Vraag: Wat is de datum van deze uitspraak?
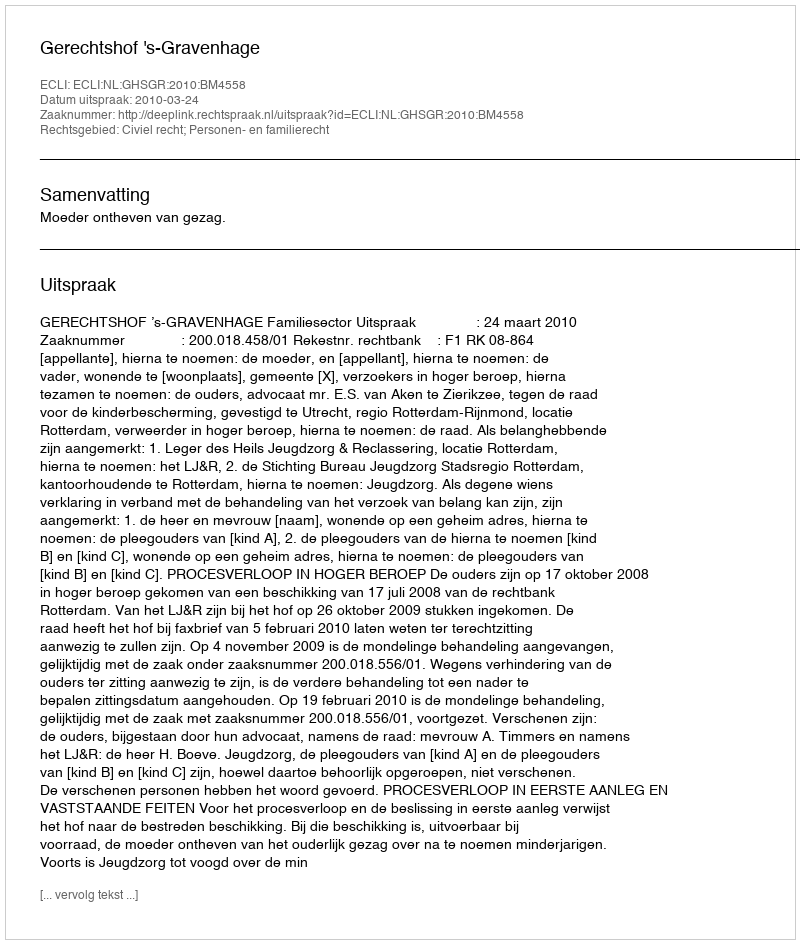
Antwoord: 2010-03-24